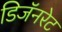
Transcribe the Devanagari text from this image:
डिजॅनरेट